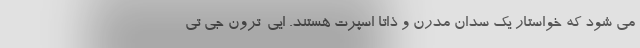
می شود که خواستار یک سدان مدرن و ذاتا اسپرت هستند. ایی-ترون جی تی